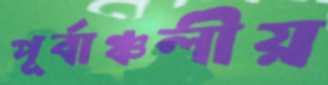
পূর্বাঞ্চলীয়